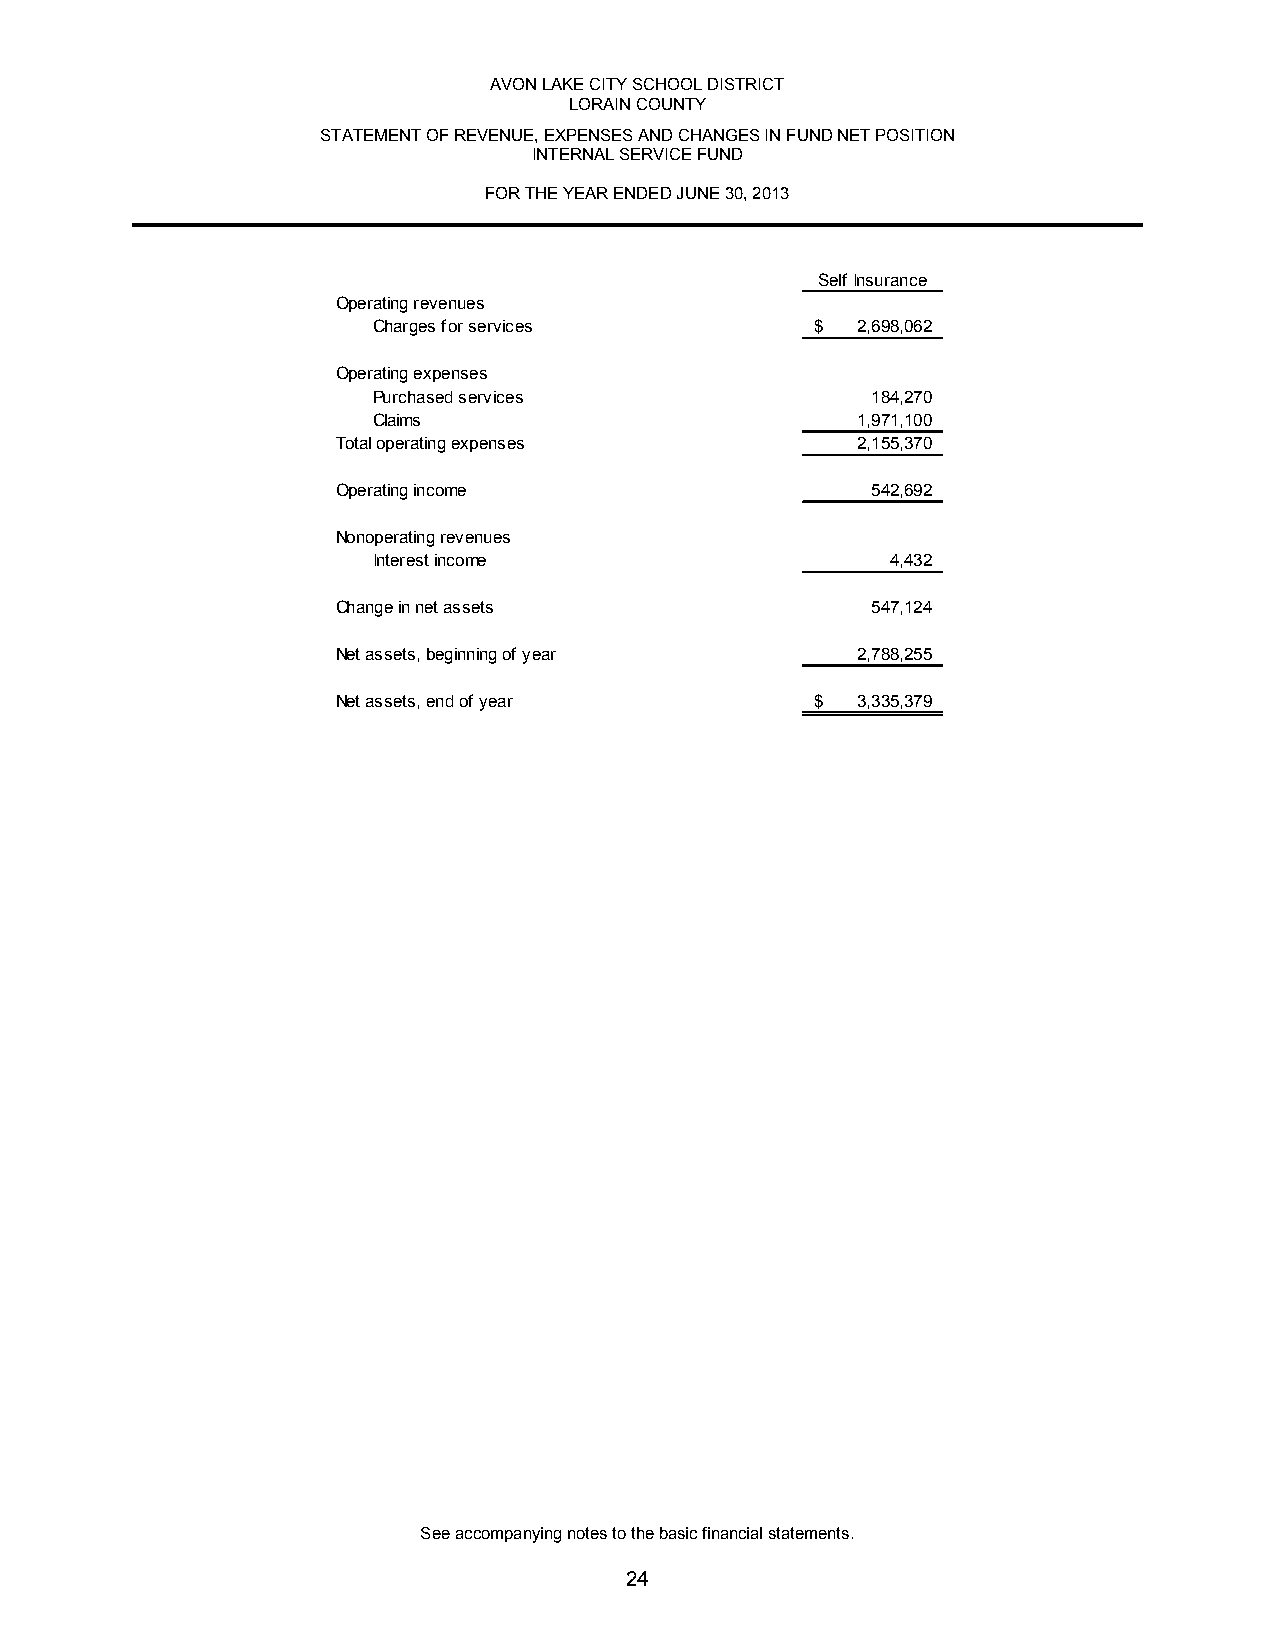
AVON LAKE CITY SCHOOL DISTRICT
 LORAIN COUNTY
 STATEMENT OF REVENUE, EXPENSES AND CHANGES IN FUND NET POSITION
 INTERNAL SERVICE FUND
 FOR THE YEAR ENDED JUNE 30, 2013
 Self Insurance
 Operating revenues
 Charges for services         $  2,698,062
 Operating expenses
 Purchased services               184,270
 Claims                          1,971,100
 Total operating expenses           2,155,370
 Operating income                    542,692
 Nonoperating revenues
 Interest income                   4,432
 Change in net assets                547,124
 Net assets, beginning of year      2,788,255
 Net assets, end of year         $  3,335,379
 See accompanying notes to the basic financial statements.
 24